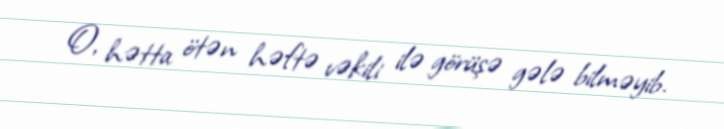
O, hətta ötən həftə vəkili ilə görüşə gələ bilməyib.